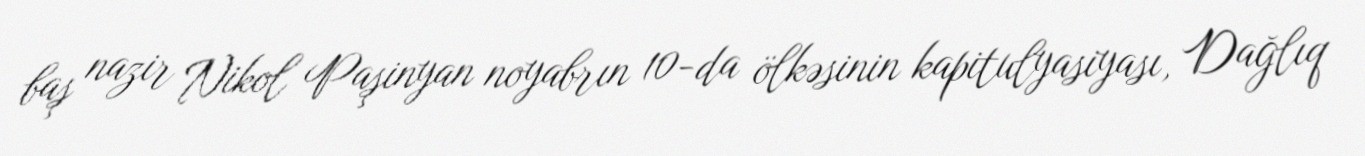
baş nazir Nikol Paşinyan noyabrın 10-da ölkəsinin kapitulyasiyası, Dağlıq